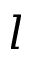
l